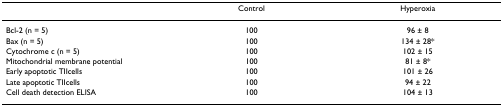
<table><thead><tr><td>[EMPTY_CELL]</td><td><b>Control</b></td><td><b>Hyperoxia</b></td></tr></thead><tbody><tr><td>Bcl-2 (n = 5)</td><td>100</td><td>96 ± 8</td></tr><tr><td>Bax (n = 5)</td><td>100</td><td>134 ± 28*</td></tr><tr><td>Cytochrome c (n = 5)</td><td>100</td><td>102 ± 15</td></tr><tr><td>Mitochondrial membrane potential</td><td>100</td><td>81 ± 8*</td></tr><tr><td>Early apoptotic TIIcells</td><td>100</td><td>101 ± 26</td></tr><tr><td>Late apoptotic TIIcells</td><td>100</td><td>94 ± 22</td></tr><tr><td>Cell death detection ELISA</td><td>100</td><td>104 ± 13</td></tr></tbody></table>